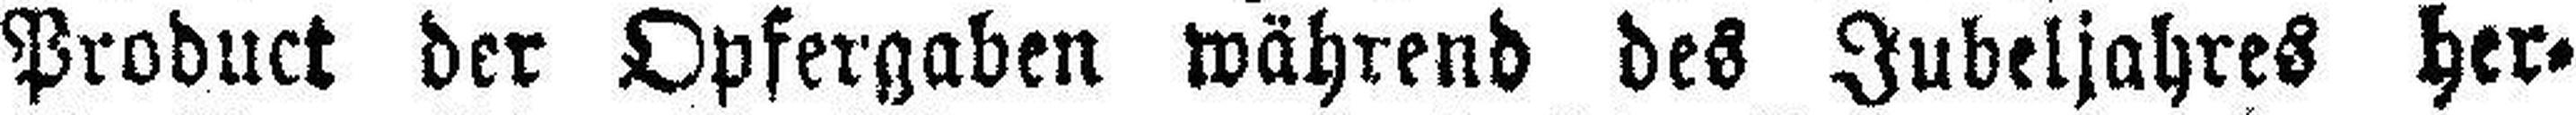
Product der Opfergaben während des Jubeljahres her¬